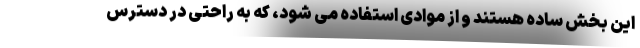
این بخش ساده هستند و از موادی استفاده می شود، که به راحتی در دسترس